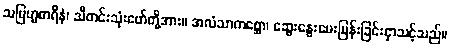
သဗြဟ္မစာရီနံ၊ သီတင်းသုံးဖော်တို့အား။ အလံသာကစ္ဆော၊ ဆွေးနွေးမေးမြန်းခြင်းငှာသင့်သည်။